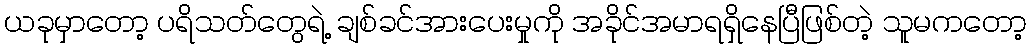
ယခုမှာတော့ ပရိသတ်တွေရဲ့ ချစ်ခင်အားပေးမှုကို အခိုင်အမာရရှိနေပြီဖြစ်တဲ့ သူမကတော့